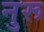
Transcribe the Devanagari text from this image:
नुरू